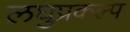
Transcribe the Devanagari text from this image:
लघुप्रकल्प